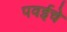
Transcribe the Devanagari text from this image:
पवईचे